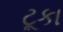
ટૂકા